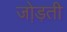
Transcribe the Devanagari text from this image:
जो़ड़ती